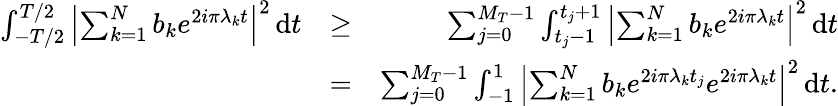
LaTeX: \begin{array}{rlr}{\int_{-T/2}^{T/2}{\left|{\sum_{k=1}^{N}b_{k}e^{2i\pi\lambda_{k}t}}\right|}^{2}\, \mathrm{d}t}&{\geq}&{\sum_{j=0}^{M_{T}-1}\int_{t_{j}-1}^{t_{j}+1}{\left|{\sum_{k=1}^{N}b_{k}e^{2i\pi\lambda_{k}t}}\right|}^{2}\, \mathrm{d}t}\\ &{=}&{\sum_{j=0}^{M_{T}-1}\int_{-1}^{1}{\left|{\sum_{k=1}^{N}b_{k}e^{2i\pi\lambda_{k}t_{j}}e^{2i\pi\lambda_{k}t}}\right|}^{2}\, \mathrm{d}t.}\end{array}